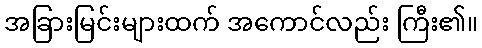
အခြားမြင်းများထက် အကောင်လည်း ကြီး၏။